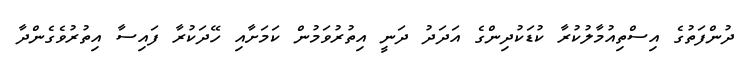
ދުންފަތުގެ އިސްތިއުމާލުކުރާ ކުޑަކުދިންގެ އަދަދު ދަނީ އިތުރުވަމުން ކަމަށާއި ހޭދަކުރާ ފައިސާ އިތުރުވެގެންދާ